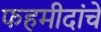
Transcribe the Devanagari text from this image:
फहमीदांचे